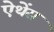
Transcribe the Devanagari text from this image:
ऐथेंस